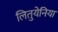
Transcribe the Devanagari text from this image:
लितुयेनिया